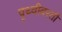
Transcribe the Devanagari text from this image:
पृथ्वीवरती